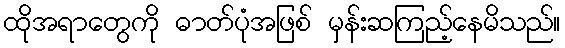
ထိုအရာတွေကို ဓာတ်ပုံအဖြစ် မှန်းဆကြည့်နေမိသည်။